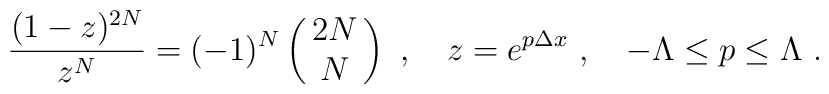
{(1-z)^{2N}\over z^N} = (-1)^N \pmatrix{2N \cr N} \ ,\quad z = e^{p\Delta x} \ , \quad-\Lambda \le p \le \Lambda \ .